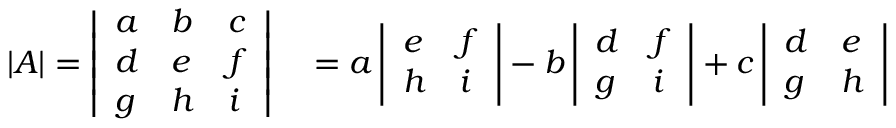
\begin{array} { r l } { | A | = { \left| \begin{array} { l l l } { a } & { b } & { c } \\ { d } & { e } & { f } \\ { g } & { h } & { i } \end{array} \right| } } & { { } = a \, { \left| \begin{array} { l l } { e } & { f } \\ { h } & { i } \end{array} \right| } - b \, { \left| \begin{array} { l l } { d } & { f } \\ { g } & { i } \end{array} \right| } + c \, { \left| \begin{array} { l l } { d } & { e } \\ { g } & { h } \end{array} \right| } } \end{array}